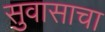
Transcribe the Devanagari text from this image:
सुवासाचा